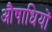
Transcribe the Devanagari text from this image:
औषाधियों